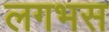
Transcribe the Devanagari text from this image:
लगभस